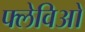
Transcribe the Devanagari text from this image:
फ्लेविओ